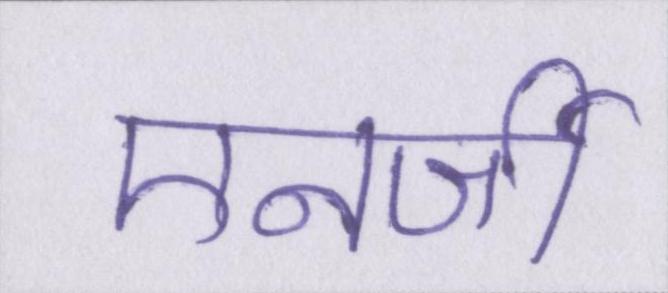
एनर्जी